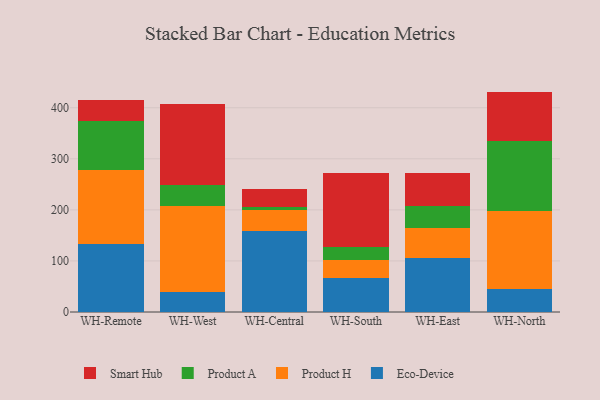
{"axis": {"x": "Warehouse", "y": "Waste Production (Tons)"}, "legend": ["Eco-Device", "Product A", "Product H", "Smart Hub"], "data": [{"x": "WH-Remote", "y": 134.1, "type": "Eco-Device"}, {"x": "WH-Remote", "y": 144.1, "type": "Product H"}, {"x": "WH-Remote", "y": 95.9, "type": "Product A"}, {"x": "WH-Remote", "y": 40.7, "type": "Smart Hub"}, {"x": "WH-West", "y": 38.5, "type": "Eco-Device"}, {"x": "WH-West", "y": 169.8, "type": "Product H"}, {"x": "WH-West", "y": 40.1, "type": "Product A"}, {"x": "WH-West", "y": 159.0, "type": "Smart Hub"}, {"x": "WH-Central", "y": 159.6, "type": "Eco-Device"}, {"x": "WH-Central", "y": 40.8, "type": "Product H"}, {"x": "WH-Central", "y": 6.2, "type": "Product A"}, {"x": "WH-Central", "y": 35.1, "type": "Smart Hub"}, {"x": "WH-South", "y": 66.7, "type": "Eco-Device"}, {"x": "WH-South", "y": 34.3, "type": "Product H"}, {"x": "WH-South", "y": 27.1, "type": "Product A"}, {"x": "WH-South", "y": 144.5, "type": "Smart Hub"}, {"x": "WH-East", "y": 104.9, "type": "Eco-Device"}, {"x": "WH-East", "y": 60.0, "type": "Product H"}, {"x": "WH-East", "y": 41.9, "type": "Product A"}, {"x": "WH-East", "y": 66.1, "type": "Smart Hub"}, {"x": "WH-North", "y": 45.3, "type": "Eco-Device"}, {"x": "WH-North", "y": 152.0, "type": "Product H"}, {"x": "WH-North", "y": 137.0, "type": "Product A"}, {"x": "WH-North", "y": 97.3, "type": "Smart Hub"}]}